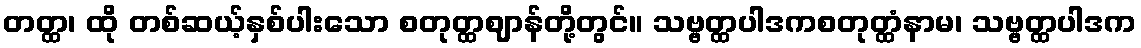
တတ္ထ၊ ထို တစ်ဆယ့်နှစ်ပါးသော စတုတ္ထဈာန်တို့တွင်။ သဗ္ဗတ္ထပါဒကစတုတ္ထံနာမ၊ သဗ္ဗတ္ထပါဒက